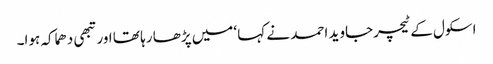
اسکول کے ٹیچرجاوید احمد نے کہا ‘میں پڑھا رہا تھا اورتبھی دھماکہ ہوا۔